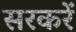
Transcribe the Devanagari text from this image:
सरकरें